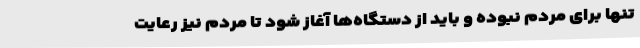
تنها برای مردم نبوده و باید از دستگاه‌ها آغاز شود تا مردم نیز رعایت